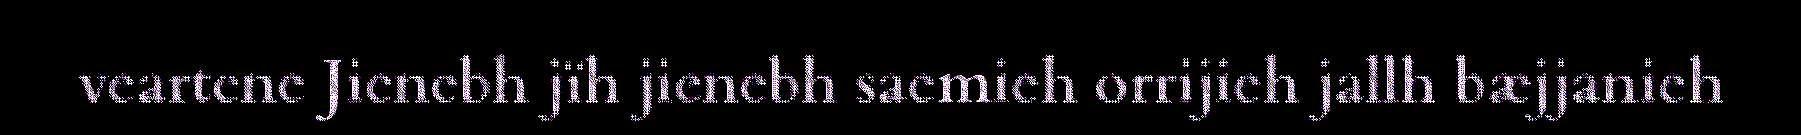
veartene Jienebh jïh jienebh saemieh orrijieh jallh bæjjanieh